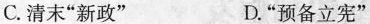
C.清末”新政” D.”预备立宪”